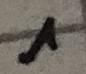
Text: 1